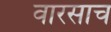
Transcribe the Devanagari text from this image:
वारसाच